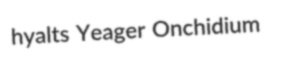
hyalts Yeager Onchidium